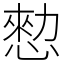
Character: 愸